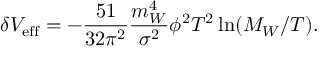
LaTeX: \delta V _ { \mathrm { e f f } } = - { \frac { 5 1 } { 3 2 \pi ^ { 2 } } } { \frac { m _ { W } ^ { 4 } } { \sigma ^ { 2 } } } \phi ^ { 2 } T ^ { 2 } \ln ( M _ { W } / T ) .